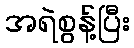
အရဲစွန့်ပြီး